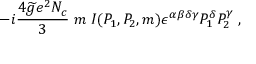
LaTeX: - i \frac { 4 \widetilde { g } e ^ { 2 } N _ { c } } { 3 } \; m \; I ( P _ { 1 } , P _ { 2 } , m ) \epsilon ^ { \alpha \beta \delta \gamma } P _ { 1 } ^ { \delta } P _ { 2 } ^ { \gamma } \; ,